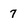
Character: 7